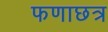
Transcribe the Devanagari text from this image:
फणाछत्र